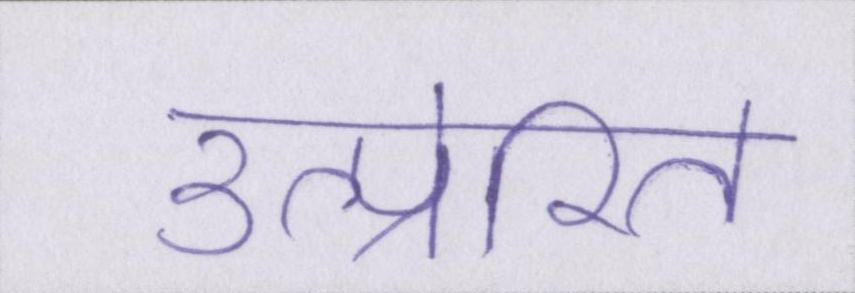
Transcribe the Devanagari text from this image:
उत्प्रेरित